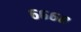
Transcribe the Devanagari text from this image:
६६६८